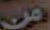
من